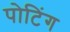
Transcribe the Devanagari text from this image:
पोटिंग